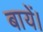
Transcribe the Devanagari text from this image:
बायें।